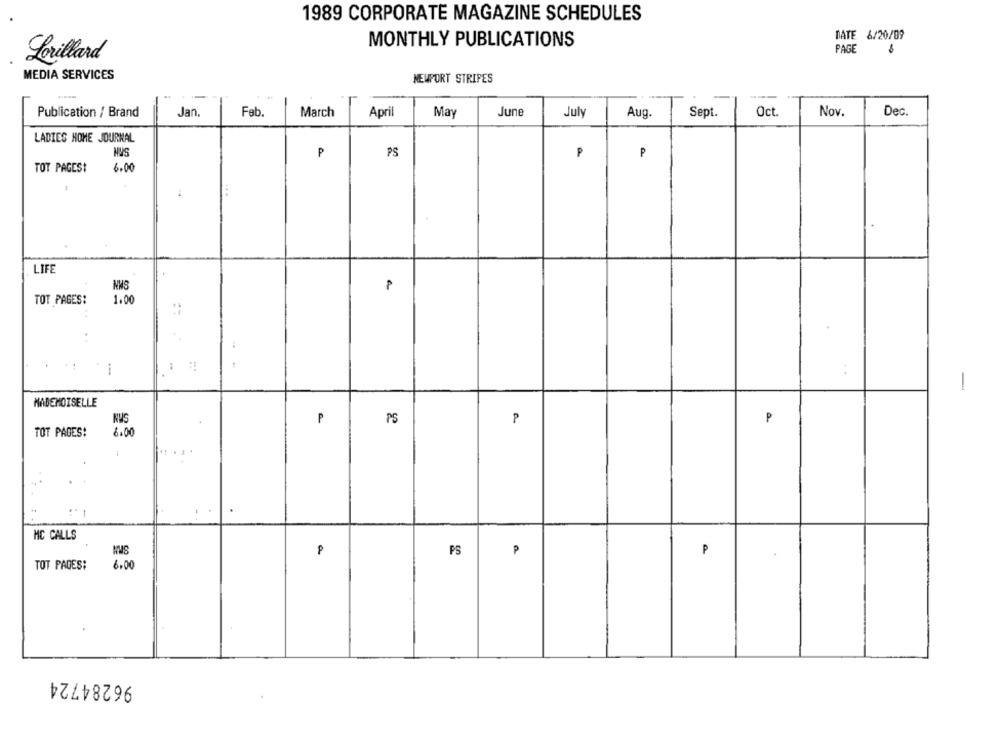
1989 CORPORATE MAGAZINE SCHEDULES
DATE 6/20/09
MONTHLY PUBLICATIONS
PAGE
Lorillard
MEDIA SERVICES
NEWPORT STRIPES
Jan.
June
Oct
Nov.
Publication / Brand
Feb
March
April
May
July
Aug.
Sept.
Dec.
LADIES HOME JOURNAL
HVS
PS
P
P
TOT PAGES!
6.00
LIFE
NWS
P
TOT PAGES:
1.00
. .
-
MADEMOISELLE
NWS
P
PS
P
P
TOT PAGES!
6.00
MC CALLS
P
PS
₱
TOT PADES:
6.00
96284724